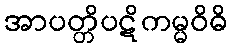
အာပတ္တိပဋိကမ္မဝိဓိ